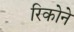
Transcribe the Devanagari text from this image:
रिकोने